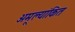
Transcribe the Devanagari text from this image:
अमूल्यांकित